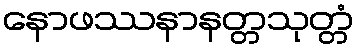
နောဖဿနာနတ္တသုတ္တံ